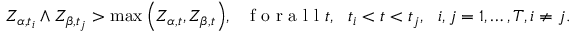
\begin{array} { r } { Z _ { \alpha , t _ { i } } \wedge Z _ { \beta , t _ { j } } > \operatorname* { m a x } { \left( Z _ { \alpha , t } , Z _ { \beta , t } \right) } , \ \ \textrm { f o r a l l } t , \ \ t _ { i } < t < t _ { j } , \ \ i , j = 1 , \ldots , T , i \neq j . } \end{array}